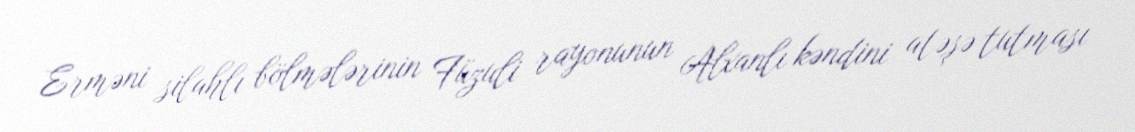
Erməni silahlı bölmələrinin Füzuli rayonunun Alxanlı kəndini atəşə tutması